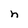
Character: n